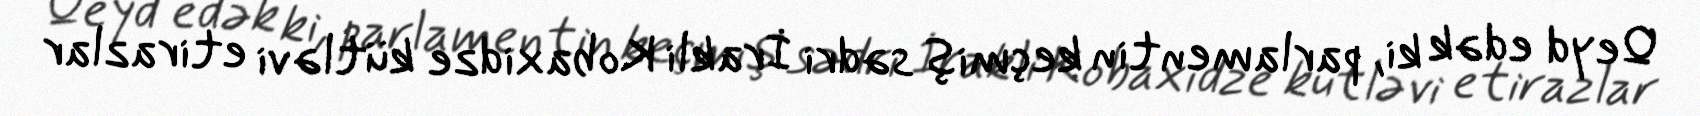
Qeyd edək ki, parlamentin keçmiş sədri İrakli Kobaxidze kütləvi etirazlar